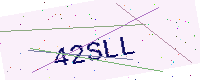
Text: 42SLL